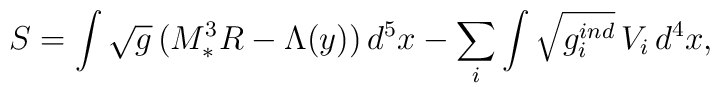
S=\int\sqrt{g}\,(M_*^3 R-\Lambda(y))\,d^5x-\sum_i\int\sqrt{g^{ind}_i}\,V_i\,d^4x,